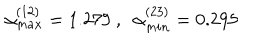
LaTeX: \alpha _ { m a x } ^ { ( 1 2 ) } = 1 . 2 7 9 \ , \ \ \alpha _ { m i n } ^ { ( 2 3 ) } = 0 . 2 9 5